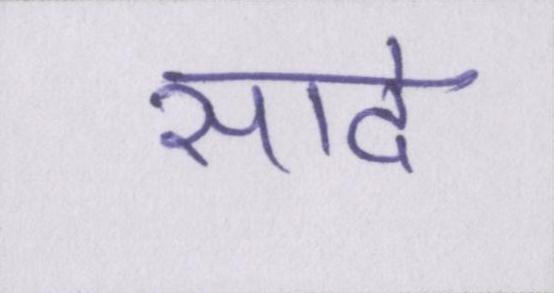
सादे